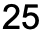
25